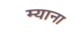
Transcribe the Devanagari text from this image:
म्याना